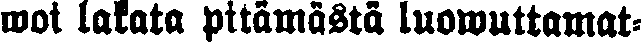
mot lakata pitämästä luowuttamat-